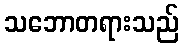
သဘောတရားသည်